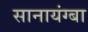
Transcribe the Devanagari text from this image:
सानायंग्बा